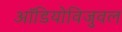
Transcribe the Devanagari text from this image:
ऑडियोविजुवल